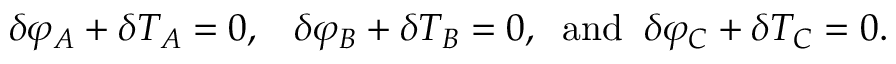
{ \delta } \varphi _ { A } + { \delta } { \cal T } _ { A } = 0 , \; \; \; { \delta } \varphi _ { B } + { \delta } { \cal T } _ { B } = 0 , \; \; \mathrm { a n d } \; \; { \delta } \varphi _ { C } + { \delta } { \cal T } _ { C } = 0 .